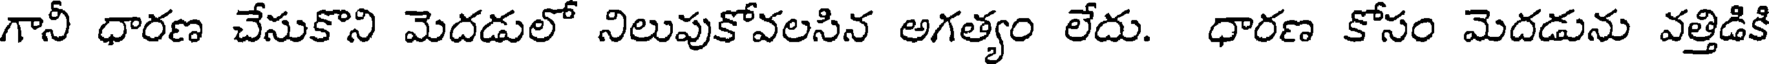
గానీ ధారణ చేసుకొని మెదడులో నిలుపుకోవలసిన అగత్యం లేదు. ధారణ కోసం మెదడును వత్తిడికి